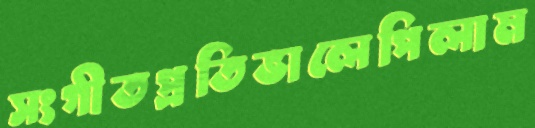
সংগীতপ্রতিভালেপিলাম